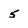
Character: 5